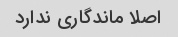
اصلا ماندگاری ندارد